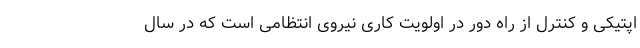
اپتیکی و کنترل از راه دور در اولویت کاری نیروی انتظامی است که در سال